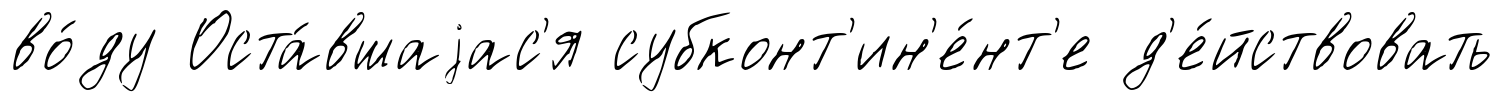
во́ду Оста́вшаjас'я субконт'ин'е́нт'е д'е́йствовать